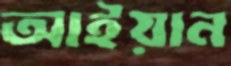
আইয়ান